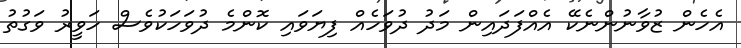
އެހެން ޒުވާނުންނެކޭ އެއްފަދައިން މަދު ދުވަހެއް ފިޔަވައި ކޮންމެ ދުވަހަކުވެސް ހަވީރު ވަގުތު